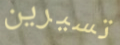
تسيرين